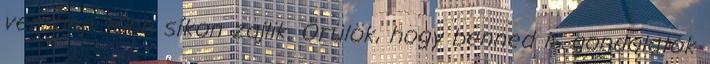
versben több síkon zajlik. Örülök, hogy benned is gondolatok